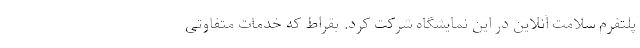
پلتفرم سلامت آنلاین در این نمایشگاه شرکت کرد. بقراط که خدمات متفاوتی